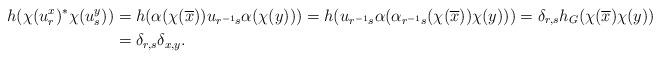
LaTeX: \begin{align*}h(\chi(u^x_r)^*\chi(u_s^y))&=h(\alpha(\chi(\overline{x}))u_{r^{-1}s}\alpha(\chi(y)))=h(u_{r^{-1}s}\alpha(\alpha_{r^{-1}s}(\chi(\overline{x}))\chi(y)))=\delta_{r,s}h_G(\chi(\overline{x})\chi(y))\\&=\delta_{r,s}\delta_{x,y}.\end{align*}